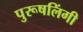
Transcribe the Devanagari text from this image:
पुरूषलिंगी